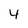
Character: 4